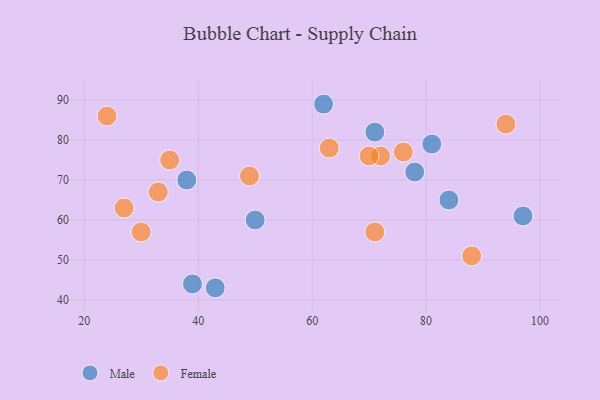
{"axis": {"x": "GDP", "y": "Life Expectancy"}, "legend": ["Female", "Male"], "data": [{"x": "78", "y": 72, "type": "Male"}, {"x": "38", "y": 70, "type": "Male"}, {"x": "50", "y": 60, "type": "Male"}, {"x": "43", "y": 43, "type": "Male"}, {"x": "81", "y": 79, "type": "Male"}, {"x": "39", "y": 44, "type": "Male"}, {"x": "62", "y": 89, "type": "Male"}, {"x": "71", "y": 82, "type": "Male"}, {"x": "84", "y": 65, "type": "Male"}, {"x": "97", "y": 61, "type": "Male"}, {"x": "94", "y": 84, "type": "Female"}, {"x": "49", "y": 71, "type": "Female"}, {"x": "35", "y": 75, "type": "Female"}, {"x": "71", "y": 57, "type": "Female"}, {"x": "88", "y": 51, "type": "Female"}, {"x": "33", "y": 67, "type": "Female"}, {"x": "24", "y": 86, "type": "Female"}, {"x": "72", "y": 76, "type": "Female"}, {"x": "76", "y": 77, "type": "Female"}, {"x": "30", "y": 57, "type": "Female"}, {"x": "70", "y": 76, "type": "Female"}, {"x": "63", "y": 78, "type": "Female"}, {"x": "27", "y": 63, "type": "Female"}]}